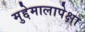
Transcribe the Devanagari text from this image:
मुद्देमालापेक्षा